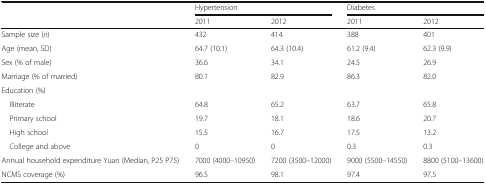
<table><thead><tr><td rowspan="2"></td><td colspan="2"><b>Hypertension</b></td><td colspan="2"><b>Diabetes</b></td></tr><tr><td><b>2011</b></td><td><b>2012</b></td><td><b>2011</b></td><td><b>2012</b></td></tr></thead><tbody><tr><td>Sample size (<i>n</i>)</td><td>432</td><td>414</td><td>388</td><td>401</td></tr><tr><td>Age (mean, SD)</td><td>64.7 (10.1)</td><td>64.3 (10.4)</td><td>61.2 (9.4)</td><td>62.3 (9.9)</td></tr><tr><td>Sex (% of male)</td><td>36.6</td><td>34.1</td><td>24.5</td><td>26.9</td></tr><tr><td>Marriage (% of married)</td><td>80.1</td><td>82.9</td><td>86.3</td><td>82.0</td></tr><tr><td colspan="5">Education (%)</td></tr><tr><td> Illiterate</td><td>64.8</td><td>65.2</td><td>63.7</td><td>65.8</td></tr><tr><td> Primary school</td><td>19.7</td><td>18.1</td><td>18.6</td><td>20.7</td></tr><tr><td> High school</td><td>15.5</td><td>16.7</td><td>17.5</td><td>13.2</td></tr><tr><td> College and above</td><td>0</td><td>0</td><td>0.3</td><td>0.3</td></tr><tr><td>Annual household expenditure Yuan (Median, P25 P75)</td><td>7000 (4000–10950)</td><td>7200 (3500–12000)</td><td>9000 (5500–14550)</td><td>8800 (5100–13600)</td></tr><tr><td>NCMS coverage (%)</td><td>96.5</td><td>98.1</td><td>97.4</td><td>97.5</td></tr></tbody></table>